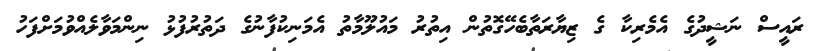
ރައީސް ނަޝީދުގެ އެމެރިކާ ގެ ޒިޔާރަތާބެހޭގޮތުން އިތުރު މައުލޫމާތު އެމަނިކުފާނުގެ ދަތުރުފުޅު ނިންމަވާލެއްވުމަށްފަހު